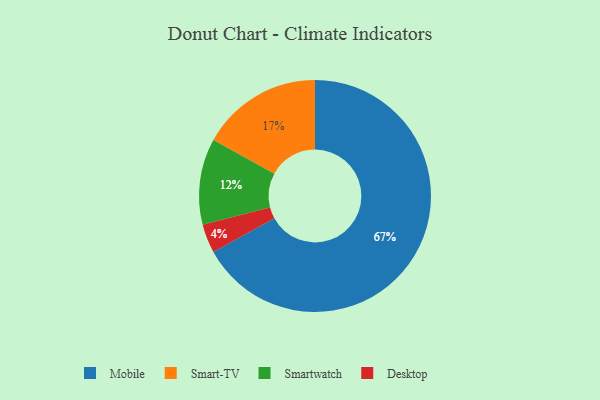
{"axis": {"x": "Category", "y": "Percentage"}, "legend": ["Desktop", "Mobile", "Smart-TV", "Smartwatch"], "data": [{"x": "Mobile", "y": 67, "type": "Mobile"}, {"x": "Smart-TV", "y": 17, "type": "Smart-TV"}, {"x": "Smartwatch", "y": 12, "type": "Smartwatch"}, {"x": "Desktop", "y": 4, "type": "Desktop"}]}